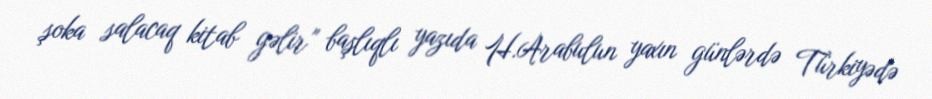
şoka salacaq kitab gəlir” başlıqlı yazıda H.Arabulun yaxın günlərdə Türkiyədə